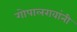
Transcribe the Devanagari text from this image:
गोपालरावांनी